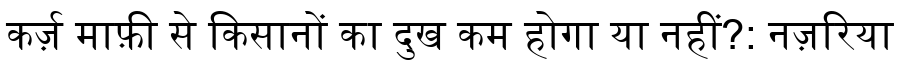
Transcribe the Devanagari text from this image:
कर्ज़ माफ़ी से किसानों का दुख कम होगा या नहीं?: नज़रिया